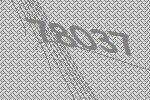
78037